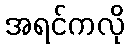
အရင်ကလို